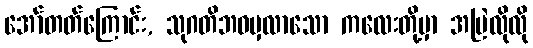
အော်တတ်ကြောင်း, သုဂတိဘဝမှလာသော ကလေးတို့မှာ အမြဲလိုလို